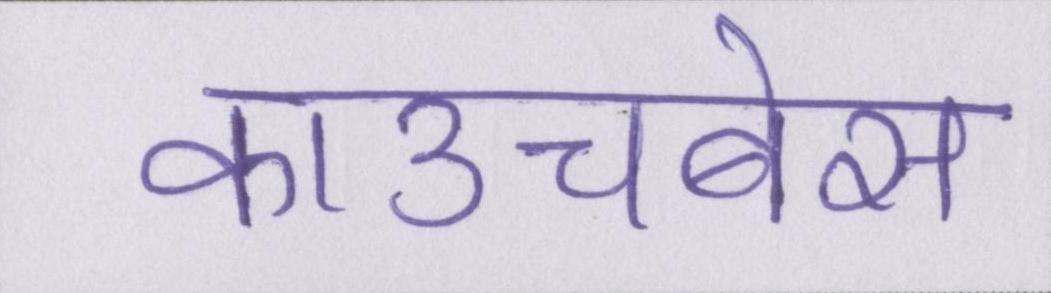
काउचबेस